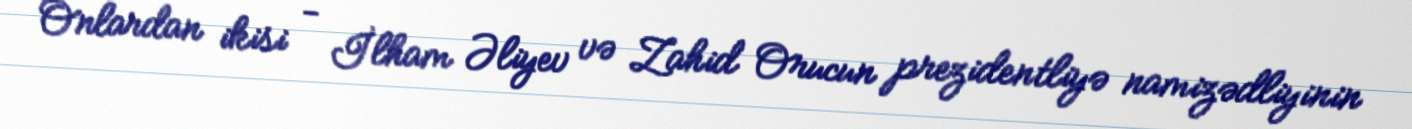
Onlardan ikisi - İlham Əliyev və Zahid Orucun prezidentliyə namizədliyinin